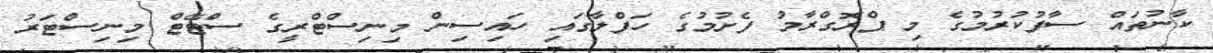
ކާނުތައް ސާފުކުރުމުގެ މި ޕްރޮގްރާމު ފެށުމުގެ ހަފްލާގައި ހައިސިން މިނިސްޓްރީގެ ސްޓޭޓް މިނިސްޓަރު